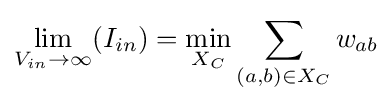
\lim _{V_{in}\rightarrow \infty }(I_{in})=\min _{X_{C}}\sum _{(a,b)\in X_{C}}w_{ab}